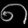
Digit: ၈